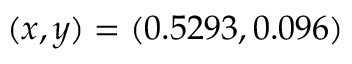
( x , y ) = ( 0 . 5 2 9 3 , 0 . 0 9 6 )